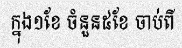
ក្នុង១ខែ ចំនួន៥ខែ ចាប់ពី